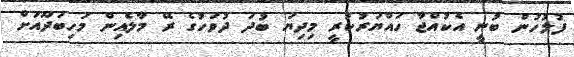
ފުލުހުން ބުނީ އެކުއްޖާ ހައްޔަރުކުރީ މިދިޔަ ބުދަ ދުވަހުގެ ރޭ މާލެއިން މަހިބަދޫއަށް